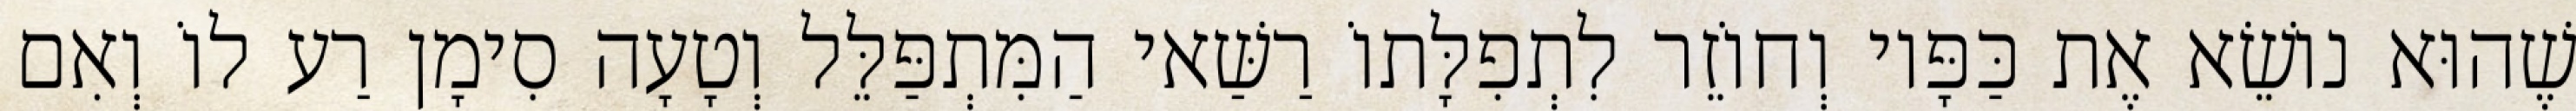
שֶׁהוּא נוֹשֵׂא אֶת כַּפָּיו וְחוֹזֵר לִתְפִלָּתוֹ רַשַּׁאי הַמִּתְפַּלֵּל וְטָעָה סִימָן רַע לוֹ וְאִם